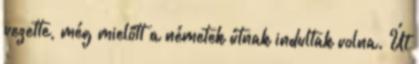
vezette, még mielőtt a németek útnak indultak volna. Út